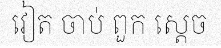
វៀត ចាប់ ពួក ស្តេច